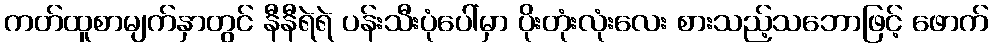
ကတ်ထူစာမျက်နှာတွင် နီနီရဲရဲ ပန်းသီးပုံပေါ်မှာ ပိုးတုံးလုံးလေး စားသည့်သဘောဖြင့် ဖောက်